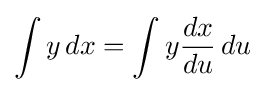
\int y\,dx=\int y{\frac {dx}{du}}\,du